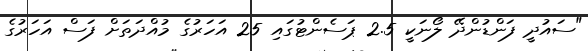
"ސައުދީ ފަންޑުންދޭ ލޯނަކީ 2.5 ޕަސެންޓުގައި 25 އަހަރުގެ މުއްދަތަށް ފަސް އަހަރުގެ